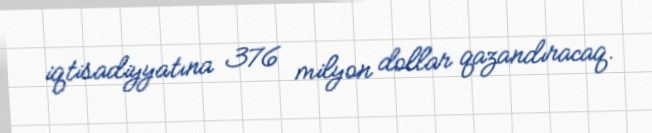
iqtisadiyyatına 376 milyon dollar qazandıracaq.